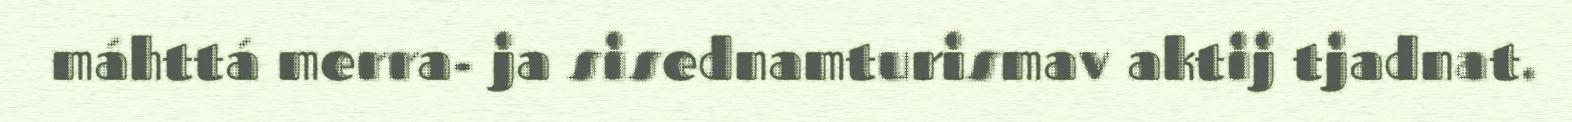
máhttá merra- ja sisednamturismav aktij tjadnat.